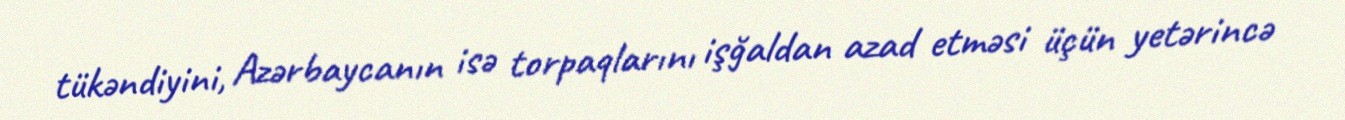
tükəndiyini, Azərbaycanın isə torpaqlarını işğaldan azad etməsi üçün yetərincə